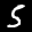
Label: 5